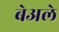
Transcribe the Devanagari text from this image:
बेअले